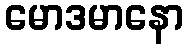
မောဒမာနော